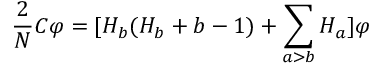
\frac { 2 } { N } C \varphi = [ H _ { b } ( H _ { b } + b - 1 ) + \sum _ { a > b } H _ { a } ] \varphi